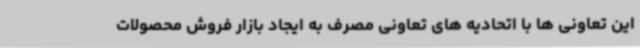
این تعاونی ها با اتحادیه های تعاونی مصرف به ایجاد بازار فروش محصولات